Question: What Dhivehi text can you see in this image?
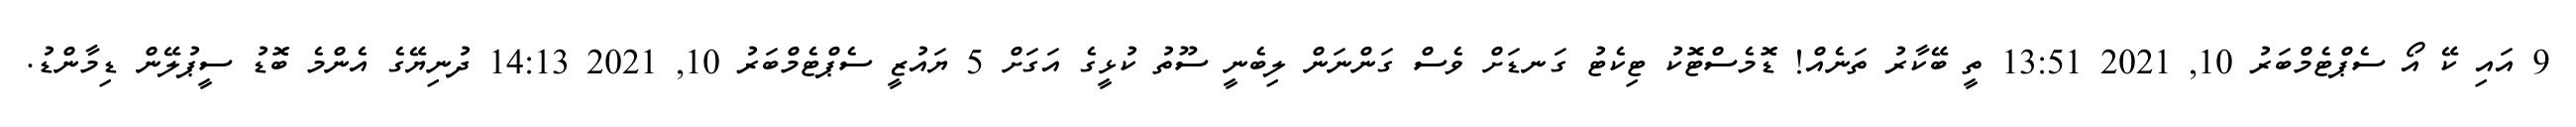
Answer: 9 އައި ކޭ އޯ ސެޕްޓެމްބަރު 10, 2021 13:51 ތީ ބޭކާރު ތަނެއް! ޑޮމެސްޓޮކު ޓިކެޓު ގަނޑަށް ވެސް ގަންނަން ލިބެނީ ސޫތު ކުޅީގެ އަގަށް 5 ޔައުޒީ ސެޕްޓެމްބަރު 10, 2021 14:13 ދުނިޔޭގެ އެންމެ ބޮޑު ސީޕުލޭން ޑިމާންޑު.